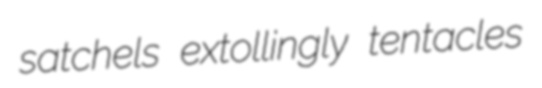
satchels extollingly tentacles